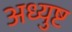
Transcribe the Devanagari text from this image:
अध्युष्ट